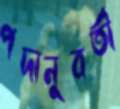
পদানুবর্তী